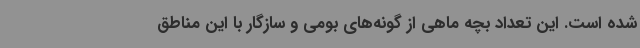
شده است. این تعداد بچه ماهی از گونه‌های بومی و سازگار با این مناطق